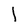
Character: l